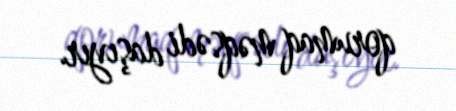
qorumaq məqsədi daşıyır.